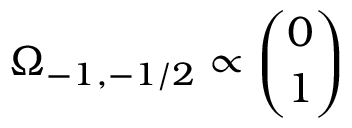
\Omega _ { - 1 , - 1 / 2 } \propto { \binom { 0 } { 1 } }